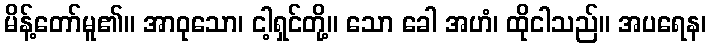
မိန့်တော်မူ၏။ အာဝုသော၊ ငါ့ရှင်တို့။ သော ခေါ အဟံ၊ ထိုငါသည်။ အပရေန၊